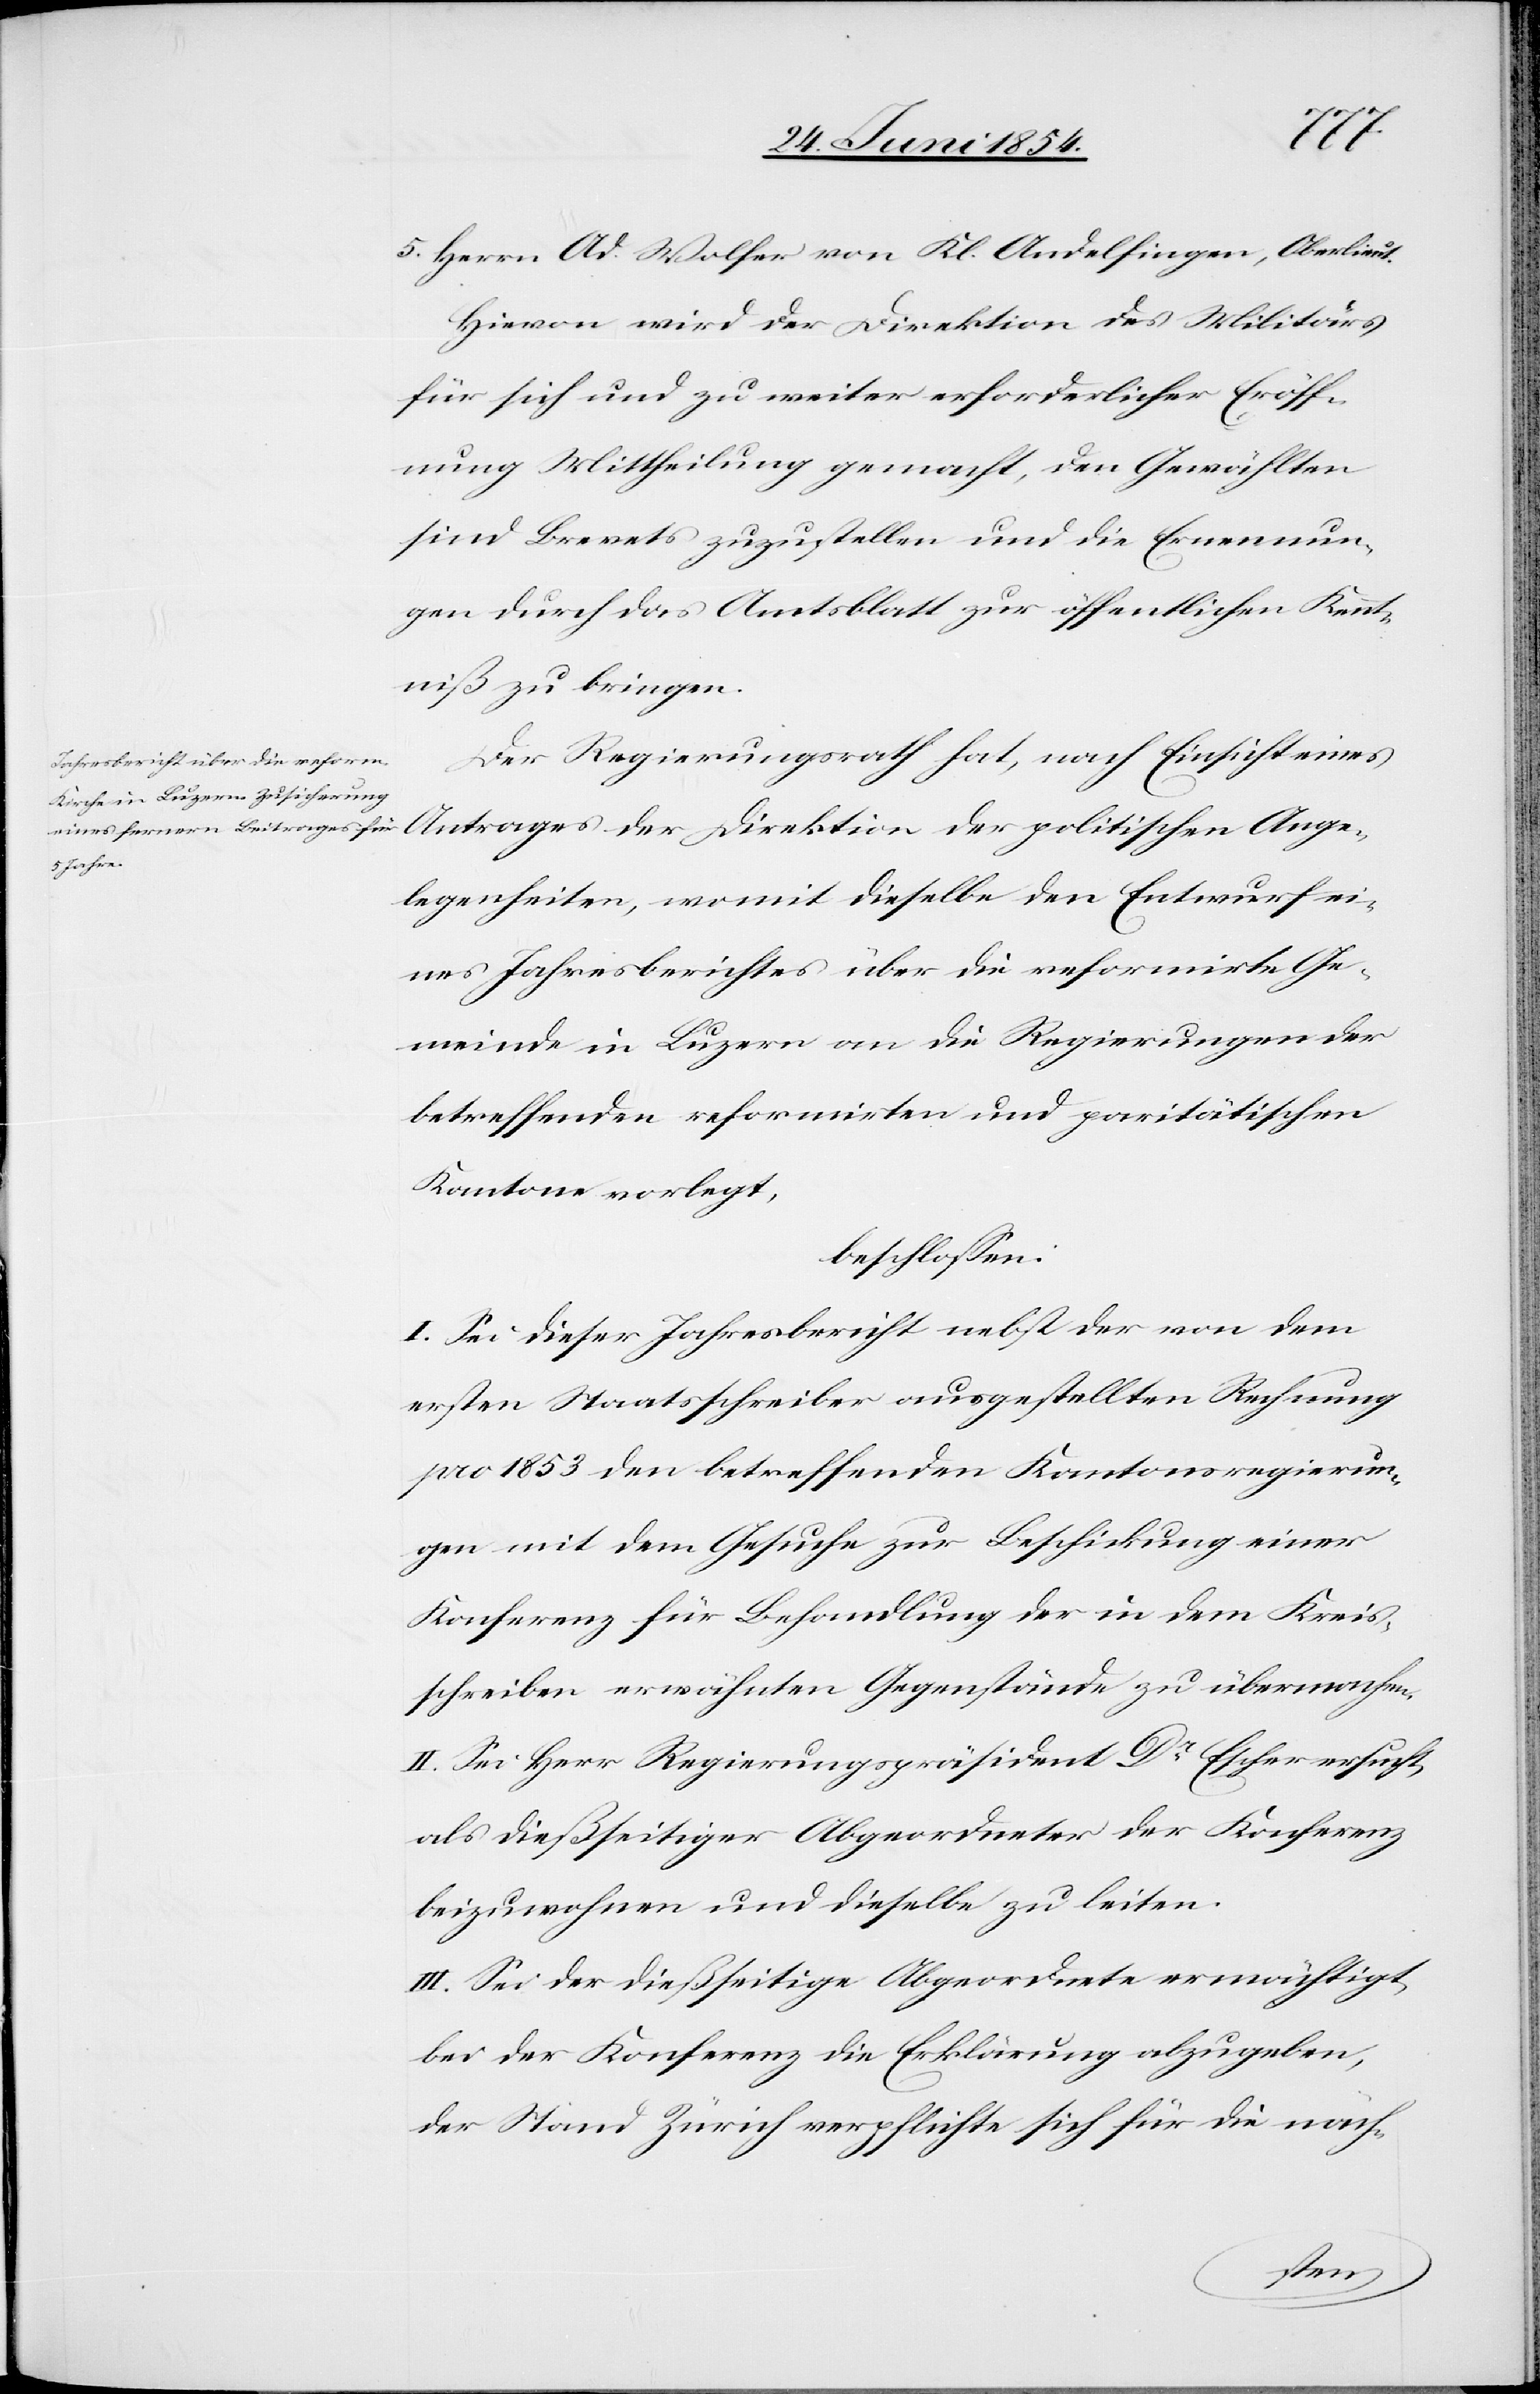
Ange¬
5. Herrn Ad. Wolfer von Kl. Andelfingen, Oberlieut.
Hievon wird der Direktion des Militärs
für sich und zu weiter erforderlicher Eröff¬
nung Mittheilung gemacht, den Gewählten
sind Brevets zuzustellen und die Ernennun¬
gen durch das Amtsblatt zu öffentlichen Kennt¬
niß zu bringen.
Der Regierungsrath hat, nach Einsicht eines
legenheiten, womit dieselben den Entwurf ei¬
nes Jahresberichtes über die reformirte Ge¬
meinde in Luzern an die Regierungen der
betreffenden reformirten und paritätischen
Kantone vorlegt,
beschloßen:
I. Sei dieser Jahresbericht nebst der von dem
ersten Staatsschreiber ausgestellten Rechnung
pro 1853 den betreffenden Kantonsregierun¬
gen mit dem Gesuche zur Beschickung einer
Konferenz für Behandlung der in dem Kreis¬
schreiben erwähnten Gegenstände zu übermachen.
II. Sei Herr Regierungspräsident Dr Escher ersucht,
als dießseitiger Abgeordneter der Konferenz
beizuwohnen und dieselbe zu leiten.
III. Sei der dießseitige Abgeordnete ermächtigt,
bei der Konferenz die Erklärung abzugeben,
der Stand Zürich verpflichte sich für die näch-